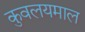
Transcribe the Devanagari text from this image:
कुवलयमाल